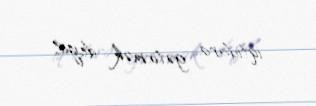
iqtidara gətirmək deyil.